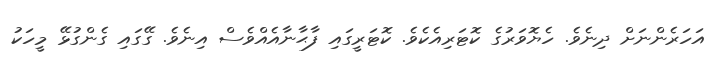
އަހަރެންނަށް ދިނެވެ. ހެޔޮވަރުގެ ކޮޓަރިއެކެވެ. ކޮޓަރީގައި ފާޙާނާއެއްވެސް އިނެވެ. ގޭގައި ގެންގުޅޭ މީހަކު